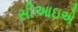
સીઆઇએ